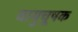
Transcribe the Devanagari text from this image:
वायुचूषक